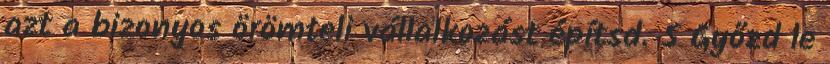
azt a bizonyos örömteli vállalkozást építsd. 5 Győzd le